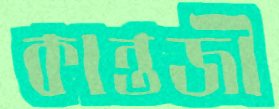
কান্তজী